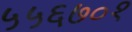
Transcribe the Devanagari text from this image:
५५६७०१